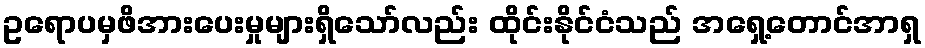
ဥရောပမှဖိအားပေးမှုများရှိသော်လည်း ထိုင်းနိုင်ငံသည် အရှေ့တောင်အာရှ